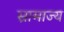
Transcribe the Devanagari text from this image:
स्रामाज्य